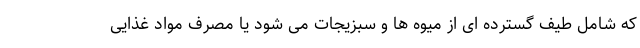
که شامل طیف گسترده ای از میوه ها و سبزیجات می شود یا مصرف مواد غذایی